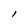
Character: l